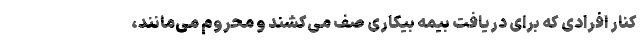
کنار افرادی که برای دریافت بیمه بیکاری صف می‌کشند و محروم می‌مانند،